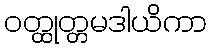
ဝတ္ထုတ္တမဒါယိကာ